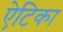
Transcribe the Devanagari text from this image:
ऐटिका